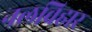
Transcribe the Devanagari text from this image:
नलविहार